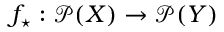
f _ { \star } : { \mathcal { P } } ( X ) \rightarrow { \mathcal { P } } ( Y )